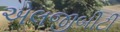
એલજીબીટી